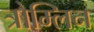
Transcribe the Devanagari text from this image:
त्रोम्लिन